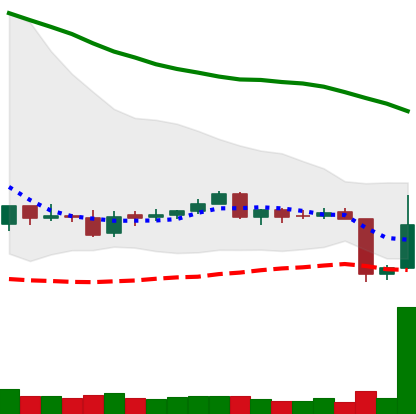
Ticker: ETC-USD
Chart end date: 2018-06-12
Forward return: -3.475%
Label: down_3_5